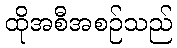
ထိုအစီအစဉ်သည်